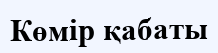
Көмір қабаты